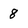
Character: 8